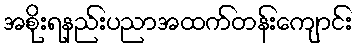
အစိုးရနည်းပညာအထက်တန်းကျောင်း